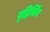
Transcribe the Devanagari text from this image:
बृद्धिसिंघ